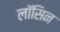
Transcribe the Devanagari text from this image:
लॉसिन